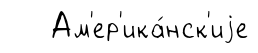
Ам'ер'ика́нск'иjе